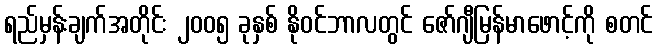
ရည်မှန်းချက်အတိုင်း ၂၀၀၅ ခုနှစ် နိုဝင်ဘာလတွင် ဇော်ဂျီမြန်မာဖောင့်ကို စတင်